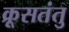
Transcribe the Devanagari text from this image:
क्रूसतंतु